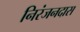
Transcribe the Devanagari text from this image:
निरंजनदास